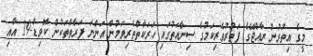
މީގެ އިތުރުން ރާއްޖޭގެ ފަތުރުވެރިކަމުގެ ސިނާއަތުގައި ހަރަކާތްތެރިވަމުން އަންނަ ފަރާތްތަކުން ކޮވިޑް-19 އާއި